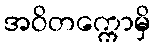
အဝိတက္ကောမှိ